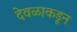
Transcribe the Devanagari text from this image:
देवळाकडून